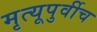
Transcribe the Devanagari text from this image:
मृत्यूपुर्वीच